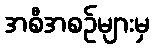
အစီအစဉ်များမှ